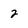
Character: 2